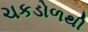
ચકડોળથી